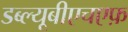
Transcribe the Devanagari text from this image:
डब्ल्यूबीएचएफ़